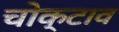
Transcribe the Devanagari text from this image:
चोक्टाव